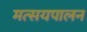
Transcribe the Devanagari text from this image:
मत्सयपालन